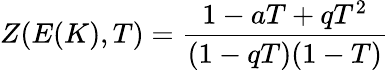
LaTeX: Z(E(K),T)={\frac{1-aT+qT^{2}}{(1-qT)(1-T)}}